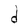
Character: d